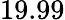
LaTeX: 19.99